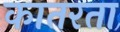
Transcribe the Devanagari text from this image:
कातरता